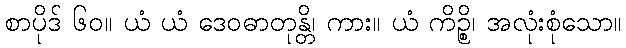
စာပိုဒ် ၆၀။ ယံ ယံ ဒေဝဓာတုန္တိ၊ ကား။ ယံ ကိဉ္စိ၊ အလုံးစုံသော။